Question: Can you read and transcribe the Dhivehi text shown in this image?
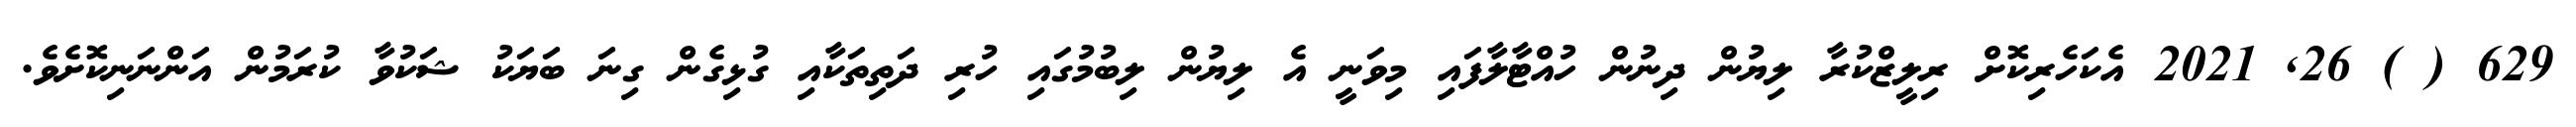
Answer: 629 ( ) 26, 2021 އެކަހެރިކޮށް ރިލީޒްކުރާ ލިޔުން ދިނުން ހުއްޓާލާފައި މިވަނީ އެ ލިޔުން ލިބުމުގައި ހުރި ދަތިތަކާއި ގުޅިގެން ގިނަ ބަޔަކު ޝަކުވާ ކުރަމުން އަންނަނިކޮށެވެ.